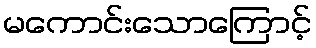
မကောင်းသောကြောင့်